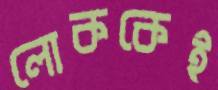
লোককেই